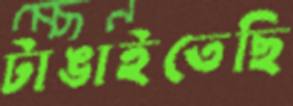
টাঙাইতেছি